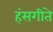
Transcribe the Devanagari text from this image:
हंसगीते